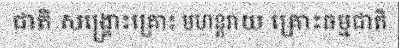
ជាតិ សង្គ្រោះគ្រោះ មហន្តរាយ គ្រោះធម្មជាតិ